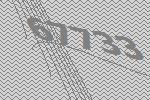
67733